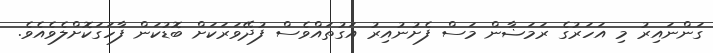
ގަންނައިރު މި އަހަރުގެ ރަމަޟާން މަސް ފެށުނުއިރު އަގުތައްވެސް ފުދޭވަރަކަށް ބޮޑުކަން ފާހަގަކޮށްލެވެއެވެ.